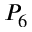
P _ { 6 }